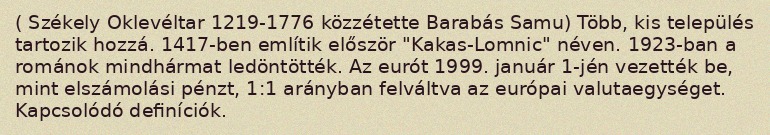
( Székely Oklevéltar 1219-1776 közzétette Barabás Samu) Több, kis település tartozik hozzá. 1417-ben említik először "Kakas-Lomnic" néven. 1923-ban a románok mindhármat ledöntötték. Az eurót 1999. január 1-jén vezették be, mint elszámolási pénzt, 1:1 arányban felváltva az európai valutaegységet. Kapcsolódó definíciók.